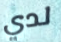
لدي